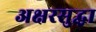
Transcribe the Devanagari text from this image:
अक्षरसुद्धा